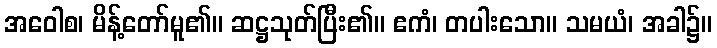
အဝေါစ၊ မိန့်တော်မူ၏။ ဆဋ္ဌသုတ်ပြီး၏။ ဧကံ၊ တပါးသော။ သမယံ၊ အခါ၌။